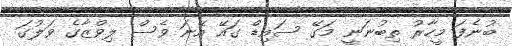
ބުނެފަ މީހާރު ތިބުނަނީ މަގޭ ސައިޑް ގައޭ އޭނަ ވެސް ލިވްޒާގެ ވަލުގަ